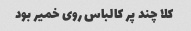
کلا چند پر کالباس روی خمیر بود